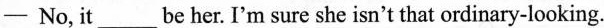
——No, it ___be her. I'm sure she isn't that ordinary-looking.